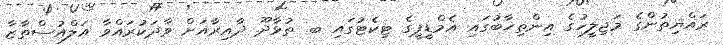
ރައްޔިތުންގެ މަޖިލީހުގެ އިންތިޚާބުގައި އެމްޑީޕީގެ ޓިކެޓުގައި ބ. ތުޅާދޫ ދާއިރާއަށް ވާދަކުރައްވާ އަލްއުސްތާޒާ